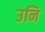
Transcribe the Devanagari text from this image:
उनि